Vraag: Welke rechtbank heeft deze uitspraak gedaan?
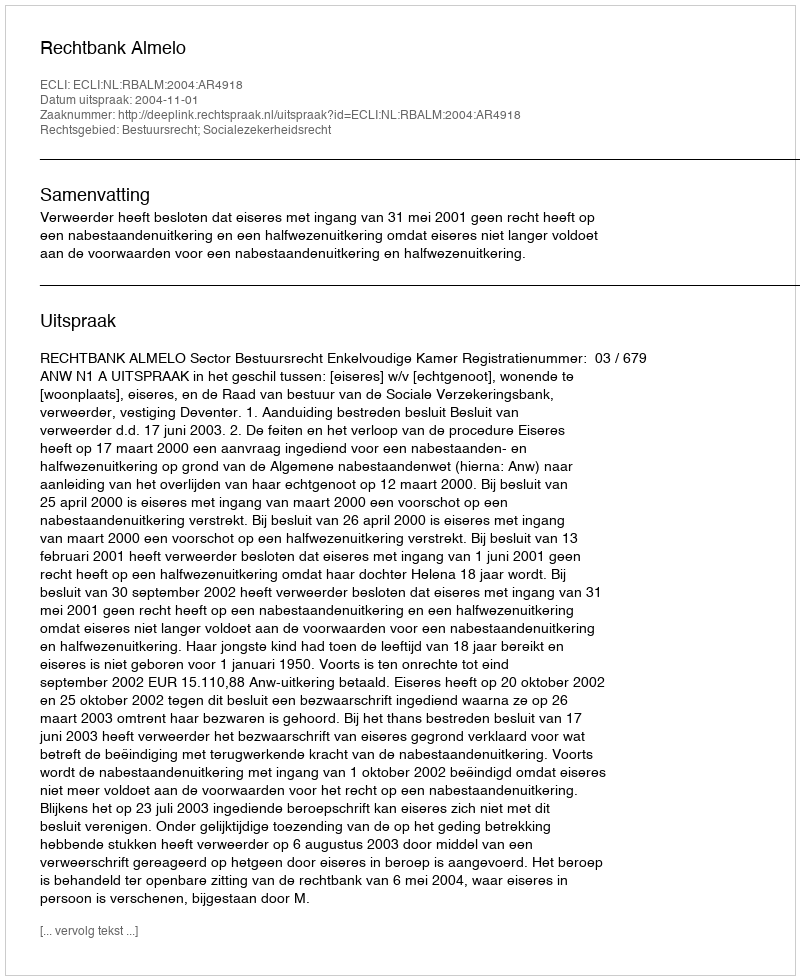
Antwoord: Rechtbank Almelo